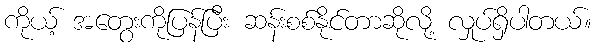
ကိုယ့် အတွေးကိုပြန်ပြီး ဆန်းစစ်နိုင်တာဆိုလို့ လှုပ်ရှိပါတယ်။